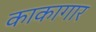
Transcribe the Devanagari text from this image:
काकागार